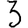
Digit: 3